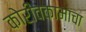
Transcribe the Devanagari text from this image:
कोरीवकामाचा